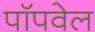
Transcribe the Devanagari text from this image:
पॉपवेल